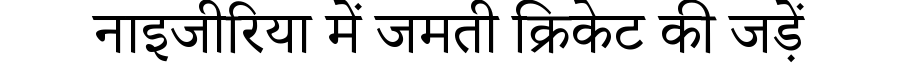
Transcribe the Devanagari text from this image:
नाइजीरिया में जमती क्रिकेट की जड़ें